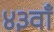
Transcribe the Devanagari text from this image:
४३वाँ